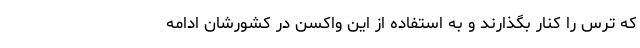
که ترس را کنار بگذارند و به استفاده از این واکسن در کشورشان ادامه